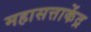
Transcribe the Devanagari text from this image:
महासत्ताकेंद्र